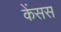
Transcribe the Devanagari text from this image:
केंसस